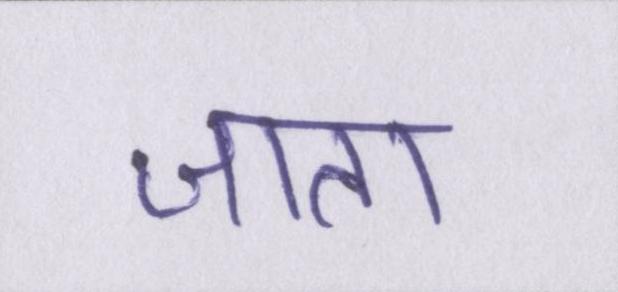
जाता